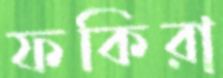
ফকিরা